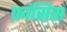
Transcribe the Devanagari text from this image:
फ़ांसिस